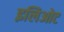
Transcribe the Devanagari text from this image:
इलिओट